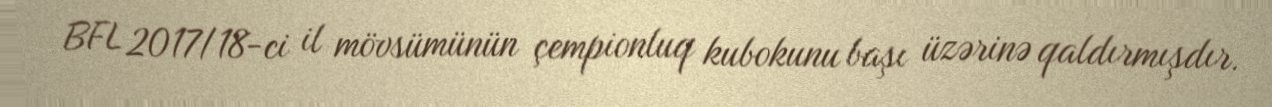
BFL 2017/18-ci il mövsümünün çempionluq kubokunu başı üzərinə qaldırmışdır.